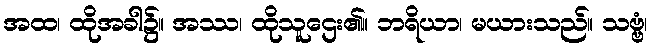
အထ၊ ထိုအခါ၌။ အဿ၊ ထိုသူဌေး၏။ ဘရိယာ၊ မယားသည်။ သဗ္ဗံ၊